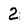
Character: 2